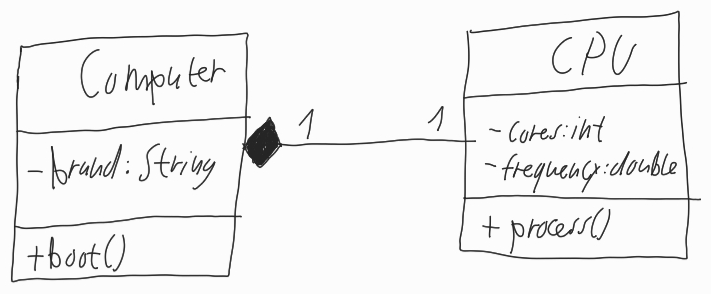
Diagram type: class_diagram
```plantuml
@startuml

class Computer {
  - brand: String
  + boot()
}

class CPU {
  - cores: int
  - frequency: double
  + process()
}

Computer "1" *-- "1" CPU

@enduml
```